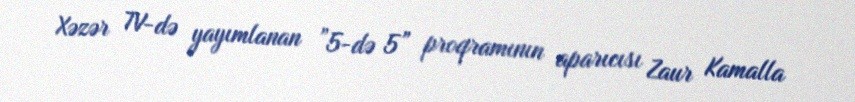
Xəzər TV-də yayımlanan ”5-də 5” proqramının aparıcısı Zaur Kamalla